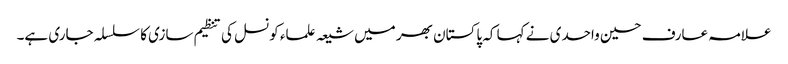
علامہ عارف حسین واحدی نے کہا کہ پاکستان بھر میں شیعہ علماء کونسل کی تنظیم سازی کا سلسلہ جاری ہے۔